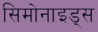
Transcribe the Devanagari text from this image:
सिमोनाइड्स